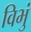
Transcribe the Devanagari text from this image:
विभुं